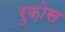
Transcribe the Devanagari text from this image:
रुफ़ोस